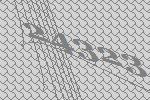
24323